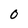
Character: 0